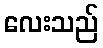
လေးသည်